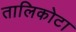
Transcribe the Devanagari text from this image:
तालिकोटा